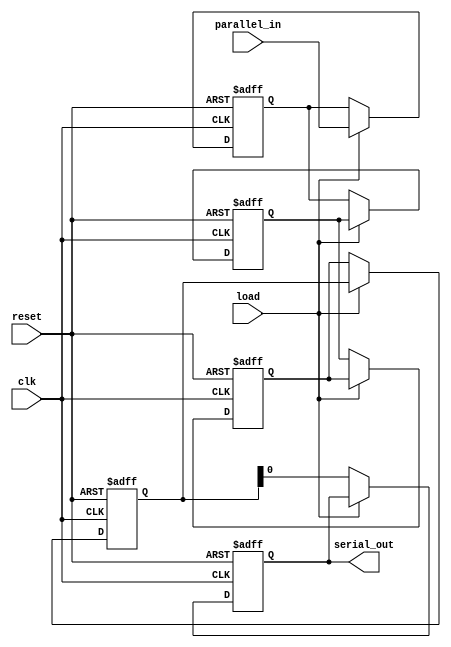
module parameterized_shift_register #(
    parameter WIDTH = 8,    // Number of bits in the shift register
    parameter DEPTH = 4     // Number of stages (or registers) in the shift register
)(
    input wire clk,                     // Clock signal
    input wire reset,                   // Asynchronous reset signal
    input wire load,                    // Load signal for parallel input
    input wire [WIDTH-1:0] parallel_in, // Parallel input data
    output reg serial_out               // Serial output data
);

    // Internal shift register storage
    reg [WIDTH-1:0] shift_reg [0:DEPTH-1]; // Array of registers

    integer i;

    always @(posedge clk or posedge reset) begin
        if (reset) begin
            // Clear all stages of the shift register
            for (i = 0; i < DEPTH; i = i + 1) begin
                shift_reg[i] <= 0;
            end
            serial_out <= 0; // Clear output
        end else if (load) begin
            // Load the parallel input into the first stage
            shift_reg[0] <= parallel_in;
        end else begin
            // Shift contents of the register
            serial_out <= shift_reg[DEPTH-1][0]; // Output the LSB of the last stage
            for (i = DEPTH-1; i > 0; i = i - 1) begin
                shift_reg[i] <= shift_reg[i-1]; // Shift right
            end
            shift_reg[0] <= shift_reg[0]; // Maintain the first stage (it holds the new input)
        end
    end

endmodule